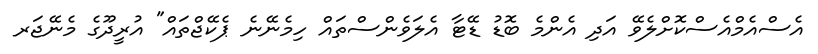
އެސްއެމްއެސްކޮށްލެވޭ އަދި އެންމެ ބޮޑު ޑޭޓާ އެލަވެންސްތައް ހިމެނޭނެ ޕެކޭޖްތައް" އުރީދޫގެ މެނޭޖަރ